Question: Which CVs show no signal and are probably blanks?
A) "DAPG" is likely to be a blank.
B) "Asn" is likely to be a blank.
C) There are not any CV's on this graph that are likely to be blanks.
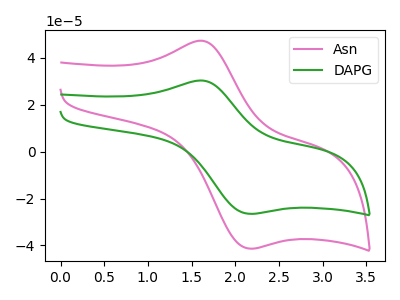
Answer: <think>The pink curve "Asn" has an anodic peak at (1.60V, 47.35uA) and a cathodic peak at (2.15V, -41.35uA). The green curve "DAPG" has an anodic peak at (1.60V, 30.35uA) and a cathodic peak at (2.15V, -26.50uA).</think>
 <answer>C) There are not any CV's on this graph that are likely to be blanks.</answer>
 <eval>C</eval>